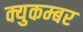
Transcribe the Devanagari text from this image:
क्युकम्बर